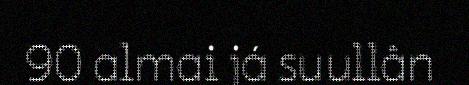
90 almai já suullân